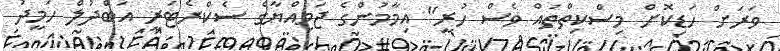
ވަރަށް ހަޑިކޮށް މިސްކިތްތައް ވެސް ހުރީ" އިމާމުންގެ ޖަމިއްޔާގެ ސެކްރެޓަރީ އަބްދުލް ހަމީދު